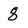
Character: 8